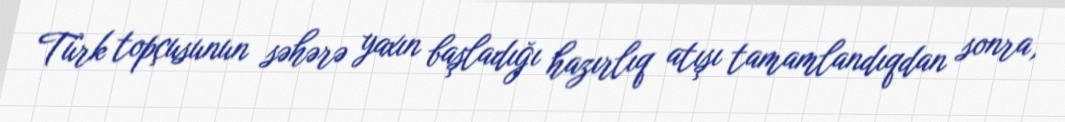
Türk topçusunun səhərə yaxın başladığı hazırlıq atışı tamamlandıqdan sonra,